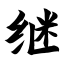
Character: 继